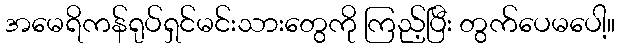
အမေရိကန်ရုပ်ရှင်မင်းသားတွေကို ကြည့်ပြီး တွက်ပေမပေါ့။